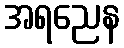
အရညေန